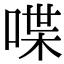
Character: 喋